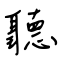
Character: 聽